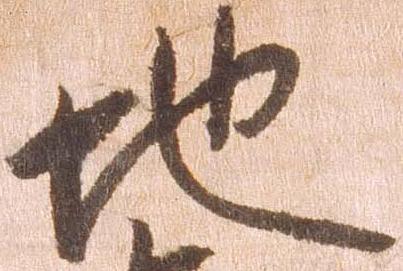
地